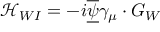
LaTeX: \mathcal { H } _ { W I } = - i \overline { { { \underline { { { \psi } } } } } } \gamma _ { \mu } \cdot G _ { W }